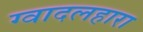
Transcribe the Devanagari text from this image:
ग्वादलहारा